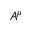
A ^ { \mu }